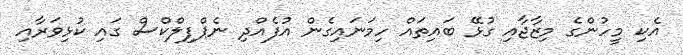
އެކި މީހުންގެ މިޒާޖާއި ގުޅޭ ބައިތައް ހިމަނައިގެން އުފެއްދި ނެޕްފިލްކްސް ގައި ކުޅިވަރާއި